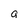
Character: a